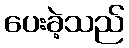
ပေးခဲ့သည်